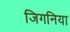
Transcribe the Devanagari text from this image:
जिगनिया